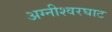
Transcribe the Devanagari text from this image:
अग्नीश्वरघाट